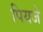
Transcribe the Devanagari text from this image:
पियजे